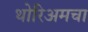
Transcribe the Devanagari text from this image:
थोरिअमचा